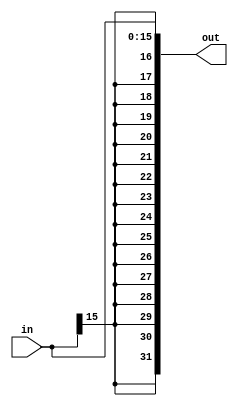
`timescale 1ns/1ns
module sgnExtend(input [15:0] in, output reg [31:0] out);
    integer i;
    always @(in) begin
        for(i = 16; i < 32; i = i + 1) begin
            out[i] = in[15];
        end
        out[15:0] = in[15:0];
    end
endmodule